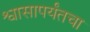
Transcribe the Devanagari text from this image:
श्वासापर्यंतचा